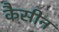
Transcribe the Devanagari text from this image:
कैसीन